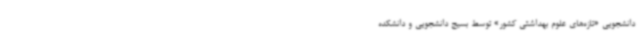
دانشجویی «تازه‌های علوم بهداشتی کشور» توسط بسیج دانشجویی و دانشکده